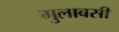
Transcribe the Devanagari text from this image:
गुलाबसी